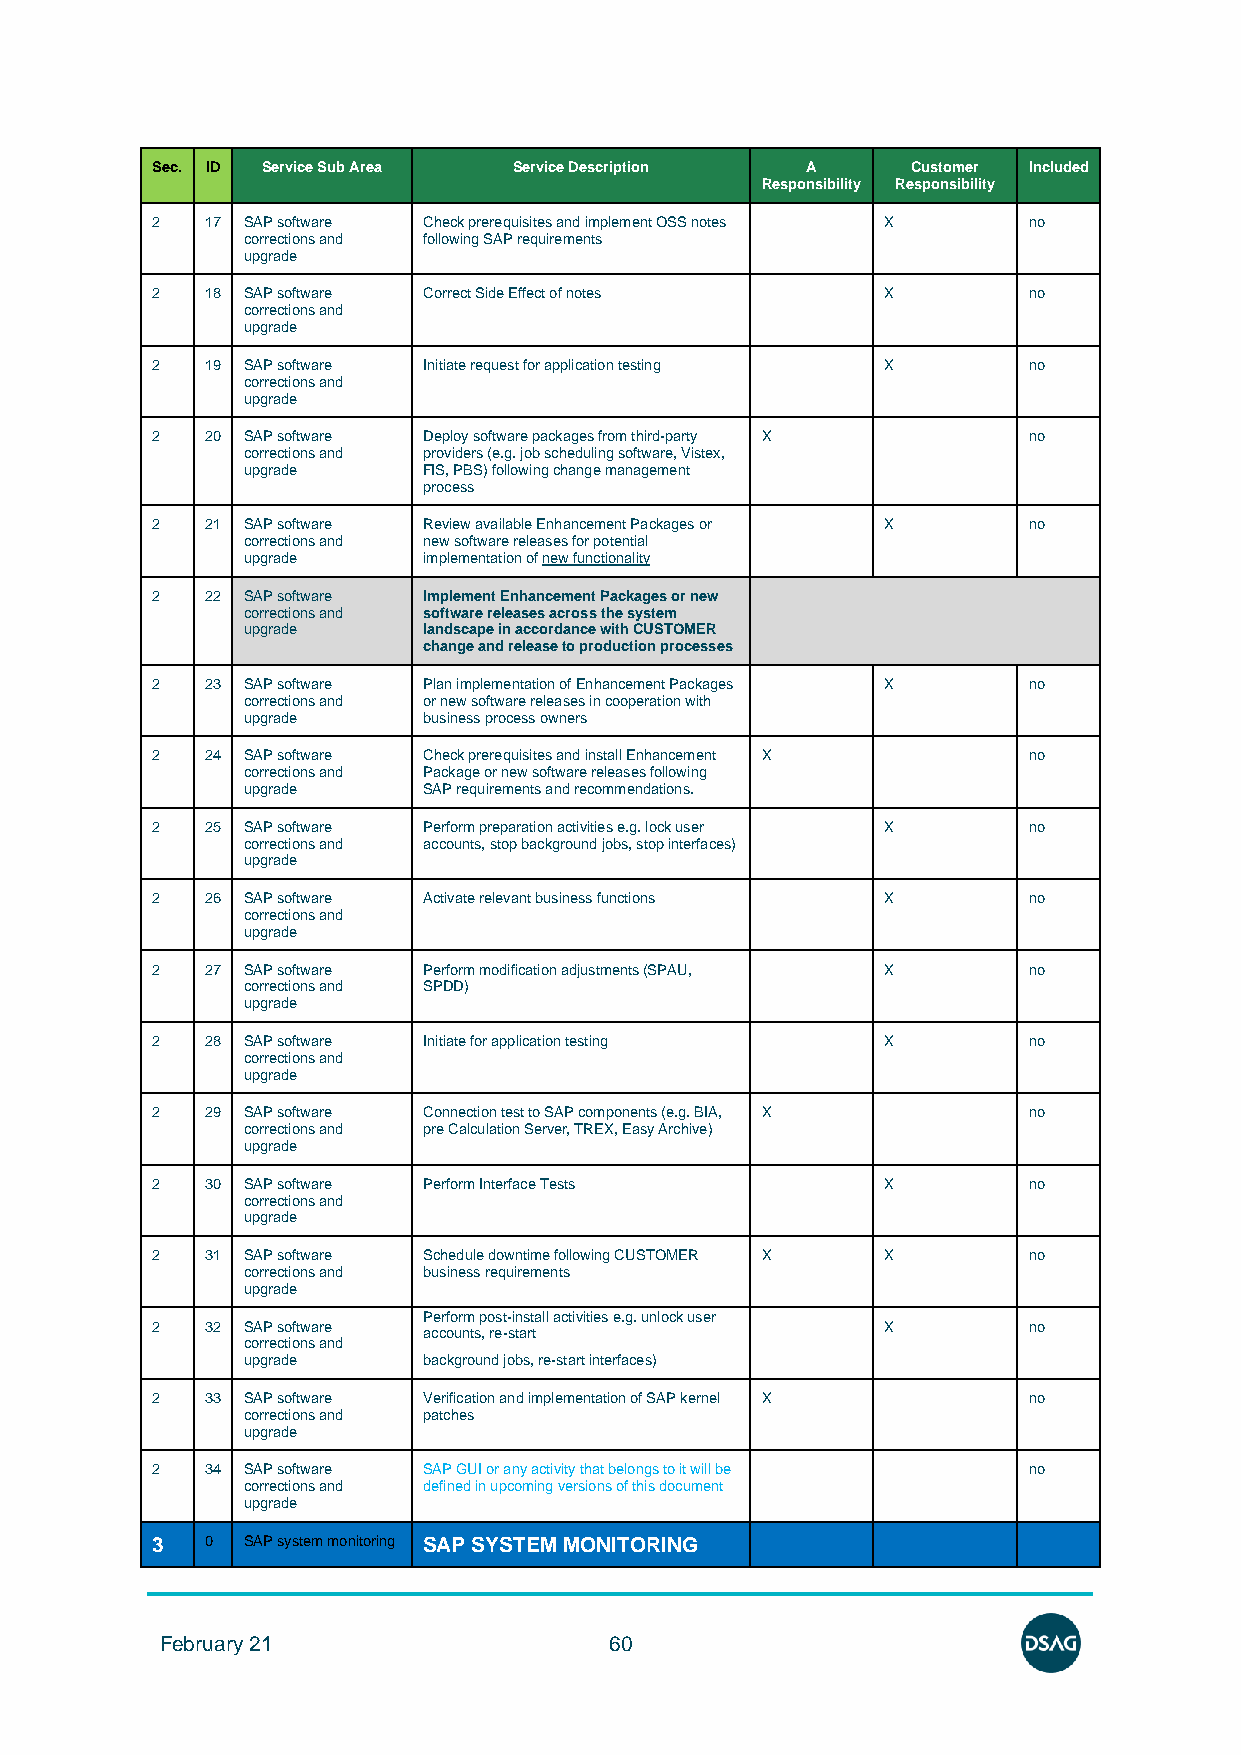
Sec. ID Service Sub Area Service Description A    Customer Included
 Responsibility Responsibility
 2   17 SAP software Check prerequisites and implement OSS notes X no
 corrections and following SAP requirements
 upgrade
 2   18 SAP software Correct Side Effect of notes X        no
 corrections and
 upgrade
 2   19 SAP software Initiate request for application testing X no
 corrections and
 upgrade
 2   20 SAP software Deploy software packages from third-party X no
 corrections and providers (e.g. job scheduling software, Vistex,
 upgrade     FIS, PBS) following change management
 process
 2   21 SAP software Review available Enhancement Packages or X no
 corrections and new software releases for potential
 upgrade     implementation of new functionality
 2   22 SAP software Implement Enhancement Packages or new
 corrections and software releases across the system
 upgrade     landscape in accordance with CUSTOMER
 change and release to production processes
 2   23 SAP software Plan implementation of Enhancement Packages X no
 corrections and or new software releases in cooperation with
 upgrade     business process owners
 2   24 SAP software Check prerequisites and install Enhancement X no
 corrections and Package or new software releases following
 upgrade     SAP requirements and recommendations.
 2   25 SAP software Perform preparation activities e.g. lock user X no
 corrections and accounts, stop background jobs, stop interfaces)
 upgrade
 2   26 SAP software Activate relevant business functions X no
 corrections and
 upgrade
 2   27 SAP software Perform modification adjustments (SPAU, X no
 corrections and SPDD)
 upgrade
 2   28 SAP software Initiate for application testing X    no
 corrections and
 upgrade
 2   29 SAP software Connection test to SAP components (e.g. BIA, X no
 corrections and pre Calculation Server, TREX, Easy Archive)
 upgrade
 2   30 SAP software Perform Interface Tests     X         no
 corrections and
 upgrade
 2   31 SAP software Schedule downtime following CUSTOMER X X no
 corrections and business requirements
 upgrade
 Perform post-install activities e.g. unlock user
 2   32 SAP software                             X         no
 accounts, re-start
 corrections and
 upgrade     background jobs, re-start interfaces)
 2   33 SAP software Verification and implementation of SAP kernel X no
 corrections and patches
 upgrade
 2   34 SAP software SAP GUI or any activity that belongs to it will be no
 corrections and defined in upcoming versions of this document
 upgrade
 3   0 SAP system monitoring SAP SYSTEM MONITORING
 February 21                  60